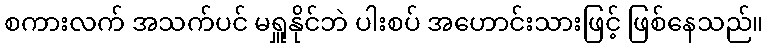
စကားလက် အသက်ပင် မရှူနိုင်ဘဲ ပါးစပ် အဟောင်းသားဖြင့် ဖြစ်နေသည်။